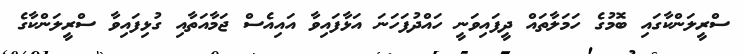
ސްރީލަންކާގައި ބޮމުގެ ހަމަލާތައް ދީފައިވަނީ ހައްދުފަހަނަ އަޅާފައިވާ އައިއެސް ޖަމާއަތާއި ގުޅިފައިވާ ސްރީލަންކާގެ